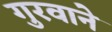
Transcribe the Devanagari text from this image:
गुरवाने